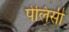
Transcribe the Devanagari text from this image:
पेलिसी